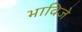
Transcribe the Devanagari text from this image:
भाविजे